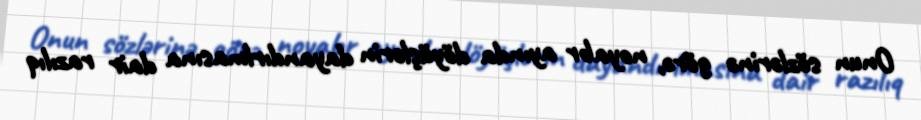
Onun sözlərinə görə, noyabr ayında döyüşlərin dayandırlmasına dair razılıq